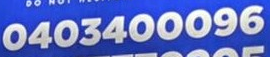
0403400096